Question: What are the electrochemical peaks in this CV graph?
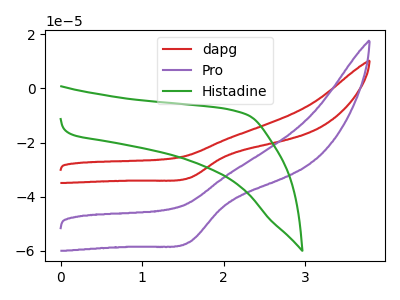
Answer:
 <answer>The red curve "dapg" has a cathodic peak at: (1.60V, -33.10uA). The purple curve "Pro" has a cathodic peak at: (1.60V, -56.85uA). The green curve "Histadine" has no peaks.</answer>
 <eval></eval>